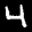
Label: 4